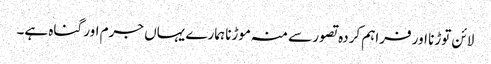
لائن توڑنا اور فراہم کردہ تصور سے منہ موڑنا ہمارے یہاں جرم اور گناہ ہے۔